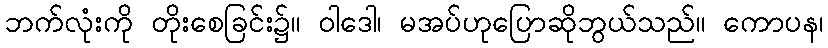
ဘက်လုံးကို တိုးစေခြင်း၌။ ဝါဒေါ၊ မအပ်ဟုပြောဆိုဘွယ်သည်။ ကောပန၊